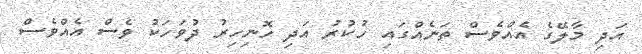
އަދި މާލޭގެ އެެއްވެސް ތަނެއްގައި ހުކުރު އަދި ހޮނިހިރު ދުވަހަކު ވެސް އެއްވެސް